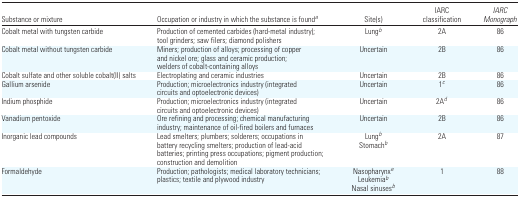
| Substance or mixture | Occupation or industry in which the substance is founda | Site(s) | IARC classification | IARC Monograph |
 | --- | --- | --- | --- | --- |
 | Cobalt metal with tungsten carbide | Production of cemented carbides (hard-metal industry); tool grinders; saw filers; diamond polishers | Lungb | 2A | 86 |
 | Cobalt metal without tungsten carbide | Miners; production of alloys; processing of copper and nickel ore; glass and ceramic production; welders of cobalt-containing alloys | Uncertain | 2B | 86 |
 | Cobalt sulfate and other soluble cobalt(II) salts | Electroplating and ceramic industries | Uncertain | 2B | 86 |
 | Gallium arsenide | Production; microelectronics industry (integrated circuits and optoelectronic devices) | Uncertain | 1c | 86 |
 | Indium phosphide | Production; microelectronics industry (integrated circuits and optoelectronic devices) | Uncertain | 2Ad | 86 |
 | Vanadium pentoxide | Ore refining and processing; chemical manufacturing industry; maintenance of oil-fired boilers and furnaces | Uncertain | 2B | 86 |
 | Inorganic lead compounds | Lead smelters; plumbers; solderers; occupations in battery recycling smelters; production of lead-acid batteries; printing press occupations; pigment production; construction and demolition | LungbStomachb | 2A | 87 |
 | Formaldehyde | Production; pathologists; medical laboratory technicians; plastics; textile and plywood industry | NasopharynxeLeukemiabNasal sinusesb | 1 | 88 |